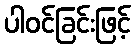
ပါဝင်ခြင်းဖြင့်